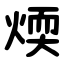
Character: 煗